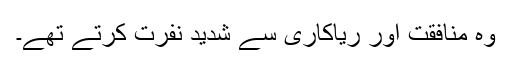
وہ منافقت اور ریاکاری سے شدید نفرت کرتے تھے۔